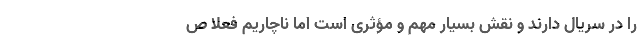
را در سریال دارند و نقش بسیار مهم و مؤثری است اما ناچاریم فعلاً ص